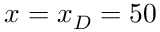
x = x _ { D } = 5 0